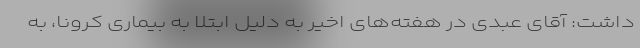
داشت: آقای عبدی در هفته‌های اخیر به دلیل ابتلا به بیماری کرونا، به